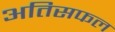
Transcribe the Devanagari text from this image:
अतिसफल